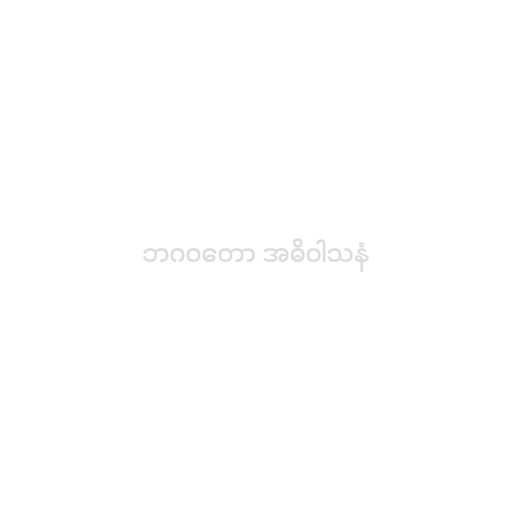
ဘဂဝတော အဓိဝါသနံ